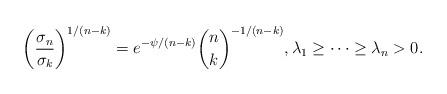
LaTeX: \begin{align*} \left( \frac{\sigma_n}{\sigma_k} \right)^{1/(n-k)} = e^{-\psi/(n-k)} \binom{n}{k}^{-1/(n-k)}, \lambda_1 \ge \cdots \ge \lambda_n >0.\end{align*}